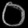
Digit: ၀